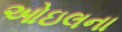
ઓઇલના